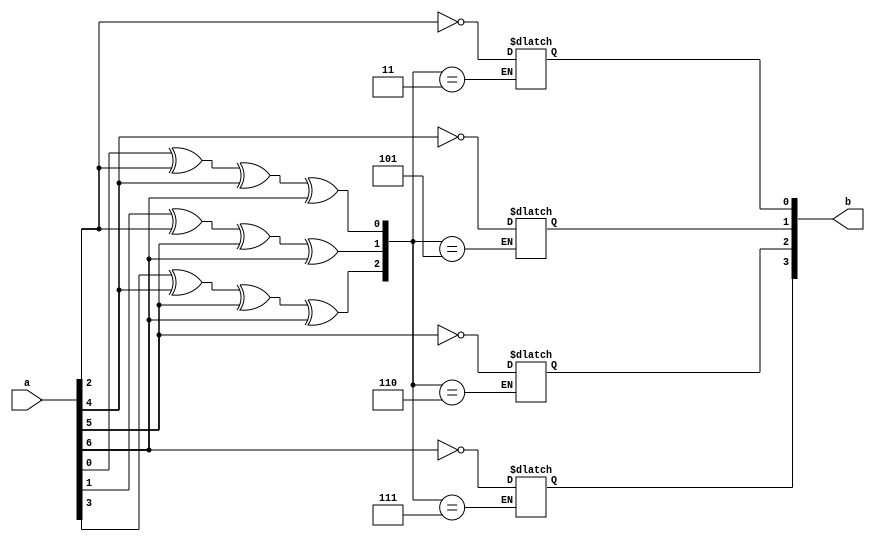
`timescale 1ns / 1ps
//////////////////////////////////////////////////////////////////////////////////
// Company: 
// Engineer: 
// 
// Design Name: 
// Module Name:    HammingCorr1 
// Project Name: 
// Target Devices: 
// Tool versions: 
// Description: 
//
// Dependencies: 
//
// Revision: 
// Revision 0.01 - File Created
// Additional Comments: 
//
//////////////////////////////////////////////////////////////////////////////////
module HammingCorr1(
  input [7:1]a,  //Estas son las entradas
 output reg [4:1]b //Estas salidas las definimos como reg ya que en la logica combinacional estos no pueden tomar valores.
                    //En este caso reg si que puede guardar valores, en otros ejemplos se hace primero output y luego reg
 
    );
	 
	 //Codigo
	 wire [2:0]c;
	 
	 assign c[0]=a[1]^a[3]^a[5]^a[7];
	 assign c[1]=a[2]^a[3]^a[6]^a[7];   //Creamos nuestros C internos que dependen de la imparidad de esos valores.
	 assign c[2]=a[4]^a[5]^a[6]^a[7];
	 
	 always @(a or c) //Siempre que varien uno de estos dos valores que se inicie el "case"
	begin
	case (c)
	3: b[1]=~a[3]; //Si C toma el valor decimal 3 (~c2,c1,c0) eso quiere decirnos que el error esta en el bit de entrada 3, asi que lo cambiamos
	5: b[2]=~a[5];
	6: b[3]=~a[6];
	7: b[4]=~a[7]; // esto es por que en el hamming corrector hemos fijado a[1] a[2] y a[4] Como valores de imparidad.
	
	endcase
	end
	


endmodule